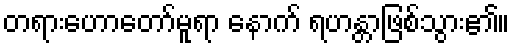
တရားဟောတော်မူရာ နောက် ရဟန္တာဖြစ်သွား၏။